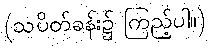
(သပိတ်ခန်း၌ ကြည့်ပါ။)